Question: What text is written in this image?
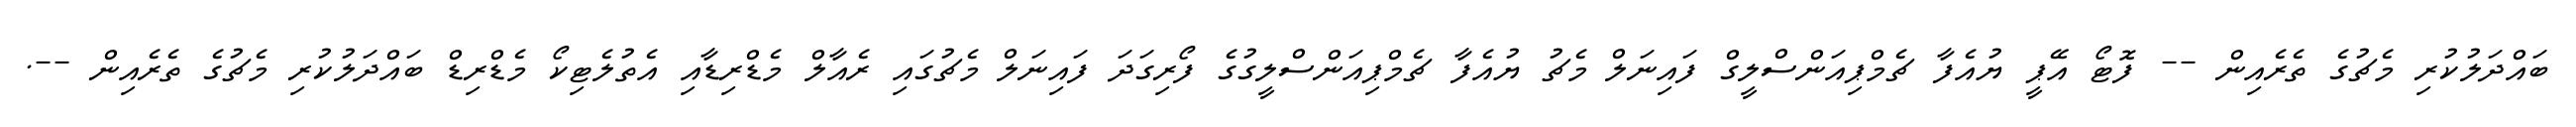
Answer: ބައްދަލުކުރި މެޗުގެ ތެރެއިން -- ފޮޓޯ އޭޕީ ޔުއެފާ ޗެމްޕިއަންސްލީގް ފައިނަލް މެޗު ޔުއެފާ ޗެމްޕިއަންސްލީގުގެ ފޯރިގަދަ ފައިނަލް މެޗުގައި ރެއާލް މެޑްރިޑާއި އެތުލެޓިކޯ މެޑްރިޑް ބައްދަލުކުރި މެޗުގެ ތެރެއިން --.